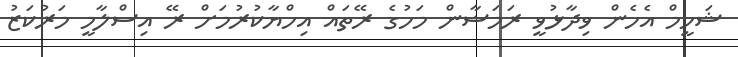
ޝަހީމް އެހެން ވިދާޅުވީ ރަމަޟާން މަހުގެ ރޭތައް އިހްޔާކުރުމަށް ރޭ އިސްލާމީ މަރުކަޒު